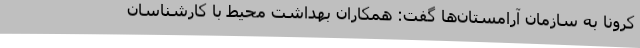
کرونا به سازمان آرامستان‌ها گفت: همکاران بهداشت محیط با کارشناسان